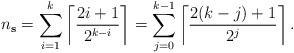
\begin{align*}n_{\mathbf{s}} = \sum_{i=1}^{k} \left\lceil \frac{ 2i + 1}{2^{k-i}} \right\rceil = \sum_{j=0}^{k-1} \left\lceil \frac{ 2(k-j) + 1}{2^{j}} \right\rceil. \end{align*}